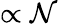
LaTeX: \propto\mathcal{N}